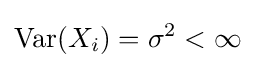
\operatorname {Var} (X_{i})=\sigma ^{2}<\infty